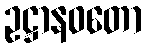
ဥဋ္ဌာနဝတော